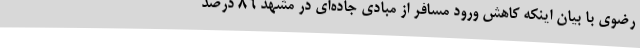
رضوی با بیان اینکه کاهش ورود مسافر از مبادی جاده‌ای در مشهد 86 درصد